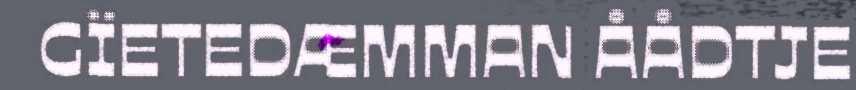
GÏETEDÆMMAN ÅÅDTJE